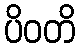
ပိဝတိ